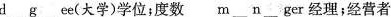
d\underline{}g\underline{}ee（大学）学位；度数 m\underline{}n\underline{}ger经理；经营者